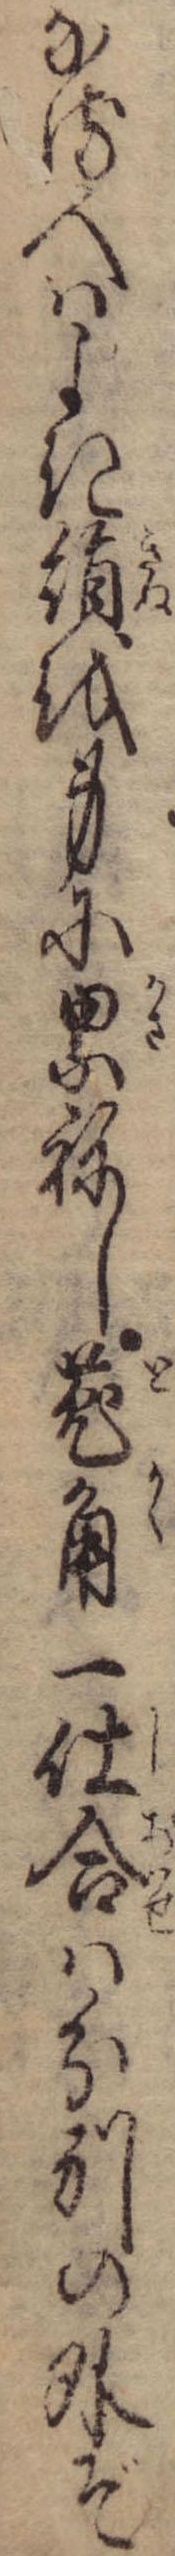
なる人はよき絹を身に累ねし菟角一仕合は分別の外ぞ